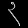
Digit: ၃